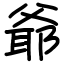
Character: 爺